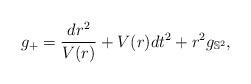
LaTeX: \begin{align*}g_+=\frac{dr^2}{V(r)}+V(r)dt^2+r^2g_{\mathbb{S}^2},\end{align*}